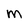
Character: M